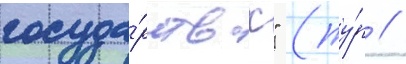
госуда́рствах" (ту́р //